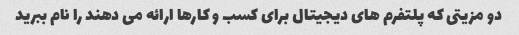
دو مزیتی که پلتفرم های دیجیتال برای کسب و کارها ارائه می دهند را نام ببرید